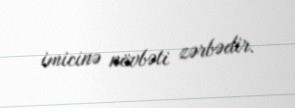
imicinə növbəti zərbədir.